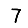
Digit: 7